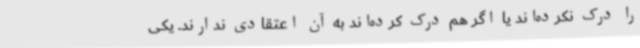
را درک نکرده‌اند یا اگر هم درک کرده‌اند به آن اعتقادی ندارند. یکی